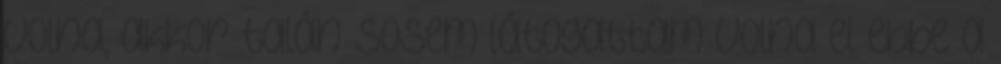
volna, akkor talán sosem látogattam volna el ebbe a